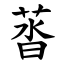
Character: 䓠